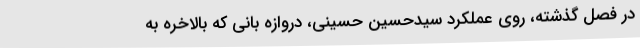
در فصل گذشته، روی عملکرد سیدحسین حسینی، دروازه بانی که بالاخره به